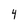
Character: 4